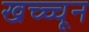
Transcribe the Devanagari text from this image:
खच्च्चून